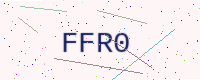
Text: FFR0